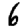
Digit: 6